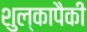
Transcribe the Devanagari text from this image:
शुल्कापैकी